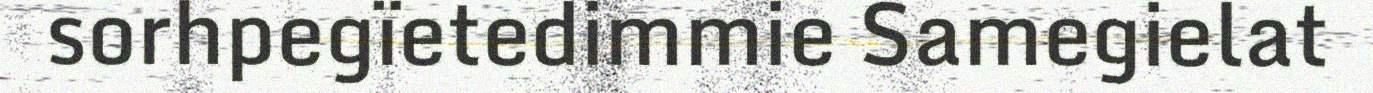
sorhpegïetedimmie Samegielat